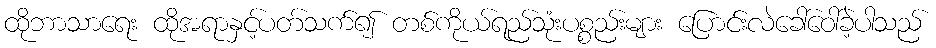
ထိုဘာသာရေး ထိုအရာနှင့်ပတ်သက်၍ တစ်ကိုယ်ရည်သုံးပစ္စည်းများ ပြောင်းလဲခေါ်ဝေါ်ခဲ့ပါသည်